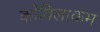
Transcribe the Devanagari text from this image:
कोविलाकम